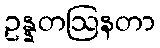
ဥန္နတဩနတာ